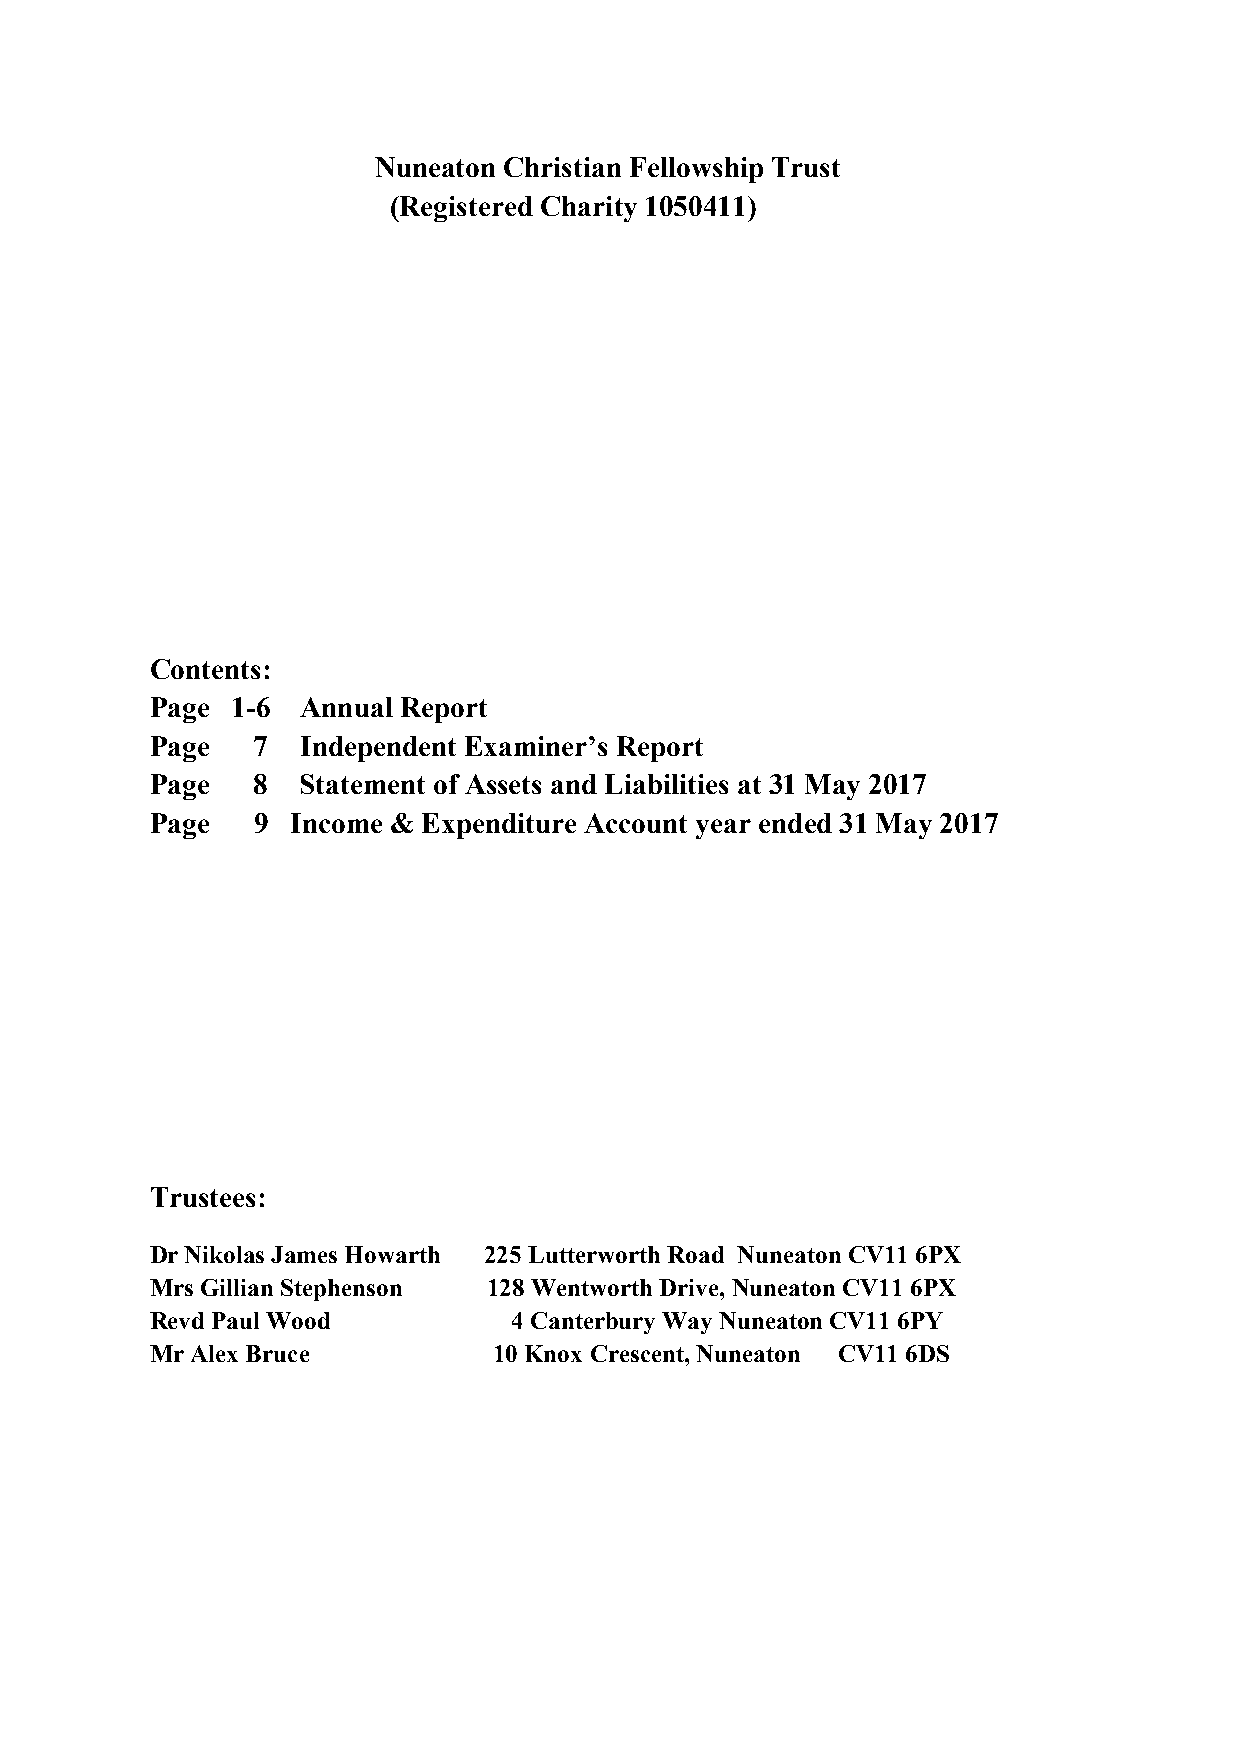
Nuneaton Christian Fellowship Trust
 (Registered Charity 1050411)
 Contents:
 Page 1-6  Annual Report
 Page   7  Independent Examiner’s Report
 Page   8  Statement of Assets and Liabilities at 31 May 2017
 Page   9 Income & Expenditure Account year ended 31 May 2017
 Trustees:
 Dr Nikolas James Howarth 225 Lutterworth Road Nuneaton CV11 6PX
 Mrs Gillian Stephenson 128 Wentworth Drive, Nuneaton CV11 6PX
 Revd Paul Wood          4 Canterbury Way Nuneaton CV11 6PY
 Mr Alex Bruce          10 Knox Crescent, Nuneaton CV11 6DS